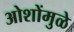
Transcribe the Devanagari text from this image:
ओशोंमुळे